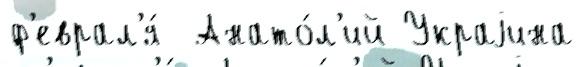
ф'еврал'я́  Анато́л'ий Украjина